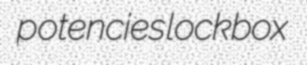
potencies lockbox